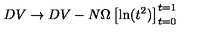
D V \rightarrow D V - N \Omega \left[ \mathrm { l n } ( t ^ { 2 } ) \right] _ { t = 0 } ^ { t = 1 }